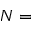
N =